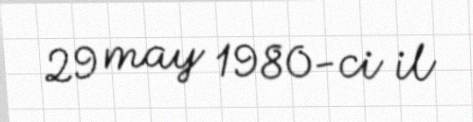
29 may 1980-ci il